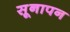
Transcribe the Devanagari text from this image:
सूनापन